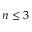
n \leq 3